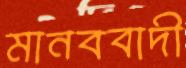
মানববাদী